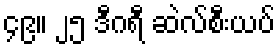
၄၉။ ၂၅ ဒီဂရီ ဆဲလ်စီးယပ်